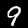
Label: 9